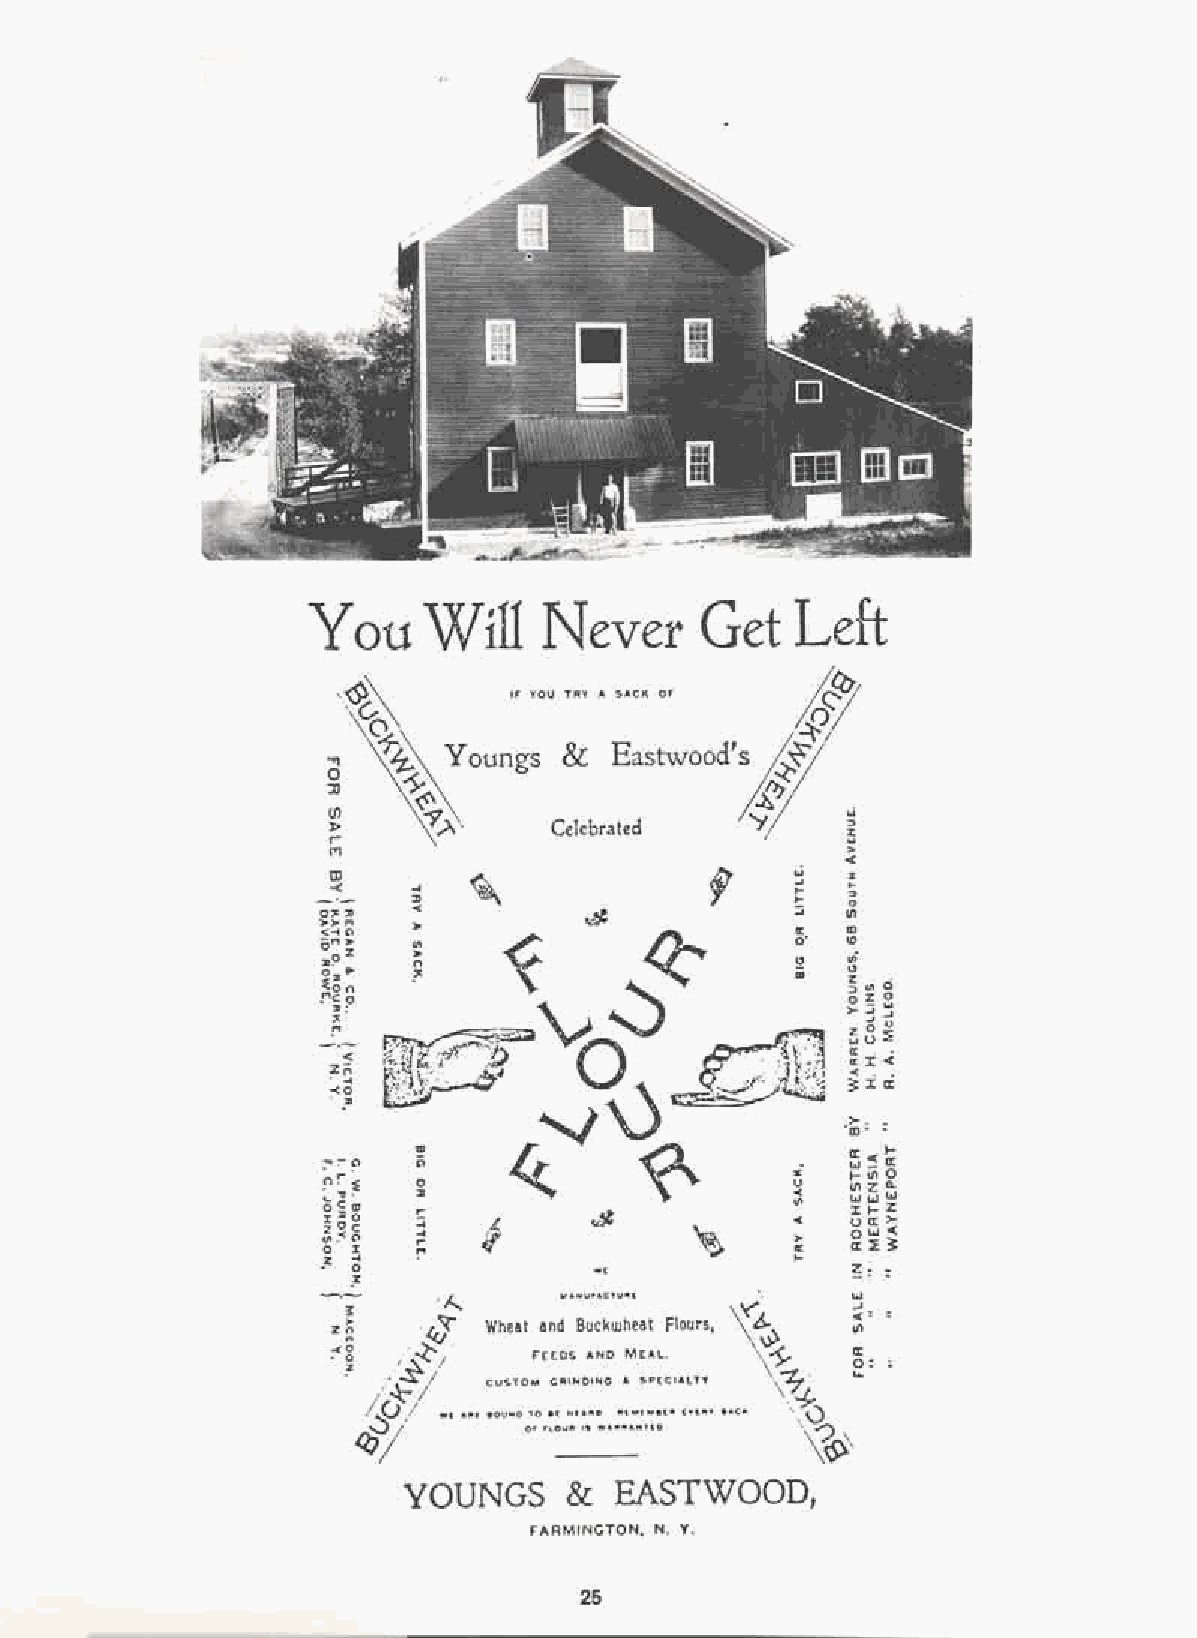
Yau    Will    Never     Get    Left
 ",OU TO> • SOCK 0'
 if;
 '�
 &
 oungs
 � �.               Eastwood';/    '"
 � M  �.>.      Celebrated   '1')1 � �
 4(
 m                                 ::t
 -<                                . :. I.
 o
 I/)
 co
 It)
 eli
 o
 �uici
 oZO
 >3j
 �8�
 (( . .
 <                                ((::te(
 z' r .;
 ..
 30( :::. ta•
 :
 -,<0
 :::II
 .�; :
 5��
 .... 1Il0
 IIlZo..
 wwlo.l
 ::t .... z
 uex:>
 owe(
 a:��
 w,                ?:: :
 3:    If..... Wheat and..,..N Bu ur cA kCT wU h'" eat Flours, \y�� l . eo .J.I (: ::
 z�   .'(q�                 \       1/1
 :<�          rHOS AND MEAL, \� \�, e ox: · .
 ,.. �4�/· CUSTOM GI'IINOING A �P[CIALTY. \7' 10.
 ��
 ,/ �,/ Wl ......OUND 01 '0 "O., UI. <... '. S..D W"'" '''' ''" N( T0 [D'.''' ,v,...."CI< .\�
 '''{�
 (();
 YOUNGS     &  EASTWOOD,
 FARMINGTON, N. Y.
 25